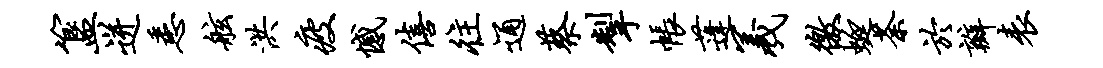
簋迸悉舷洪疲憾僖往通蔡掣帐蓬羲徼蜓荼於瓣表